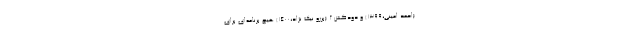
(احمد امینی،١٣٩٩) و دودکش ۲ (برزو نیک نژاد،۱۴۰۰) هیچ برنامه‌ای برای